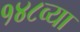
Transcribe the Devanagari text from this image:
१४८व्या